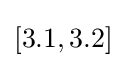
[3.1,3.2]